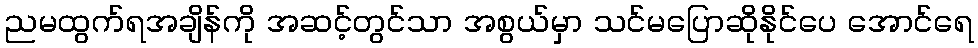
ညမထွက်ရအချိန်ကို အဆင့်တွင်သာ အစွယ်မှာ သင်မပြောဆိုနိုင်ပေ အောင်ရေ